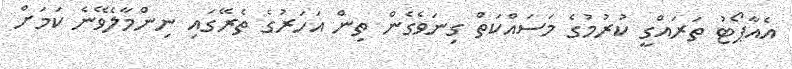
އެއާޕޯޓު ތަރައްގީ ކުރުމުގެ މަސައްކަތް ގިނަވެގެން ތިން އަހަރުގެ ތެރޭގައި ނިންމާލެވޭނެ ކަމަށް